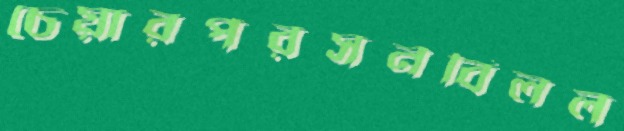
চেয়ারপরসনবিলল